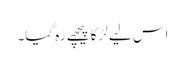
اس لیے لڑکا پیچھے رہ گیا۔